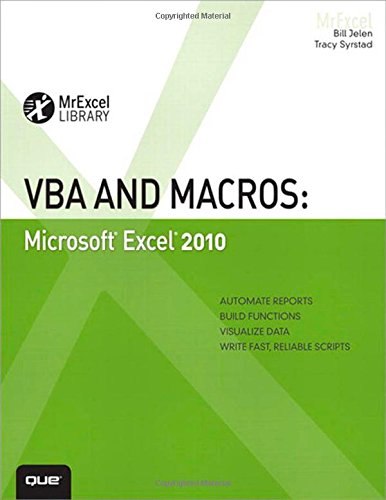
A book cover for VBA and Macros: Microsoft Excel 2010 (MrExcel Library); Bill Jelen; Computers & Technology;